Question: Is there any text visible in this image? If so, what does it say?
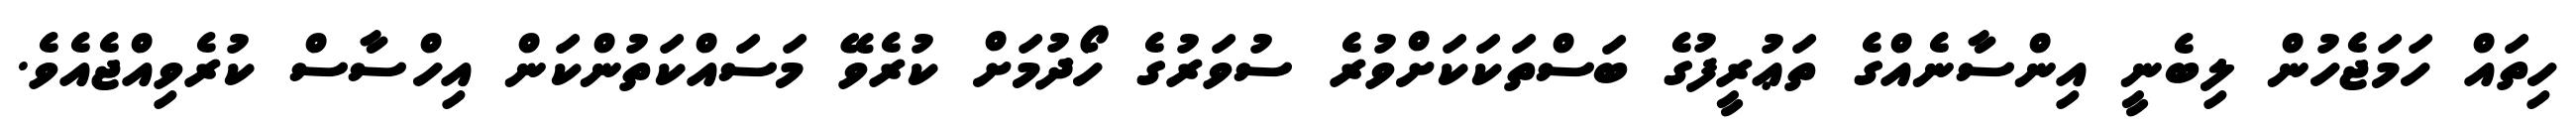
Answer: ހިތައް ހަމަޖެހުން ލިބެނީ އިންސާނެއްގެ ތަޢުރީފުގެ ބަސްތަކަކަށްވުރެ ސުވަރުގެ ހޯދުމަށް ކުރެވޭ މަސައްކަތުންކަން އިހްސާސް ކުރެވިއްޖެއެވެ.